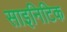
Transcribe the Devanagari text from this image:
साइनिटिक